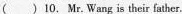
() 10. Mr.Wang is thier father.